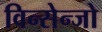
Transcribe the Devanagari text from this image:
विन्सेन्जो